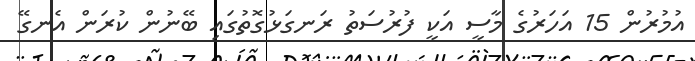
އުމުރުން 15 އަހަރުގެ މާސީ އަކީ ފުރުސަތު ރަނގަޅުގޮތުގައި ބޭނުން ކުރަން އެނގޭ